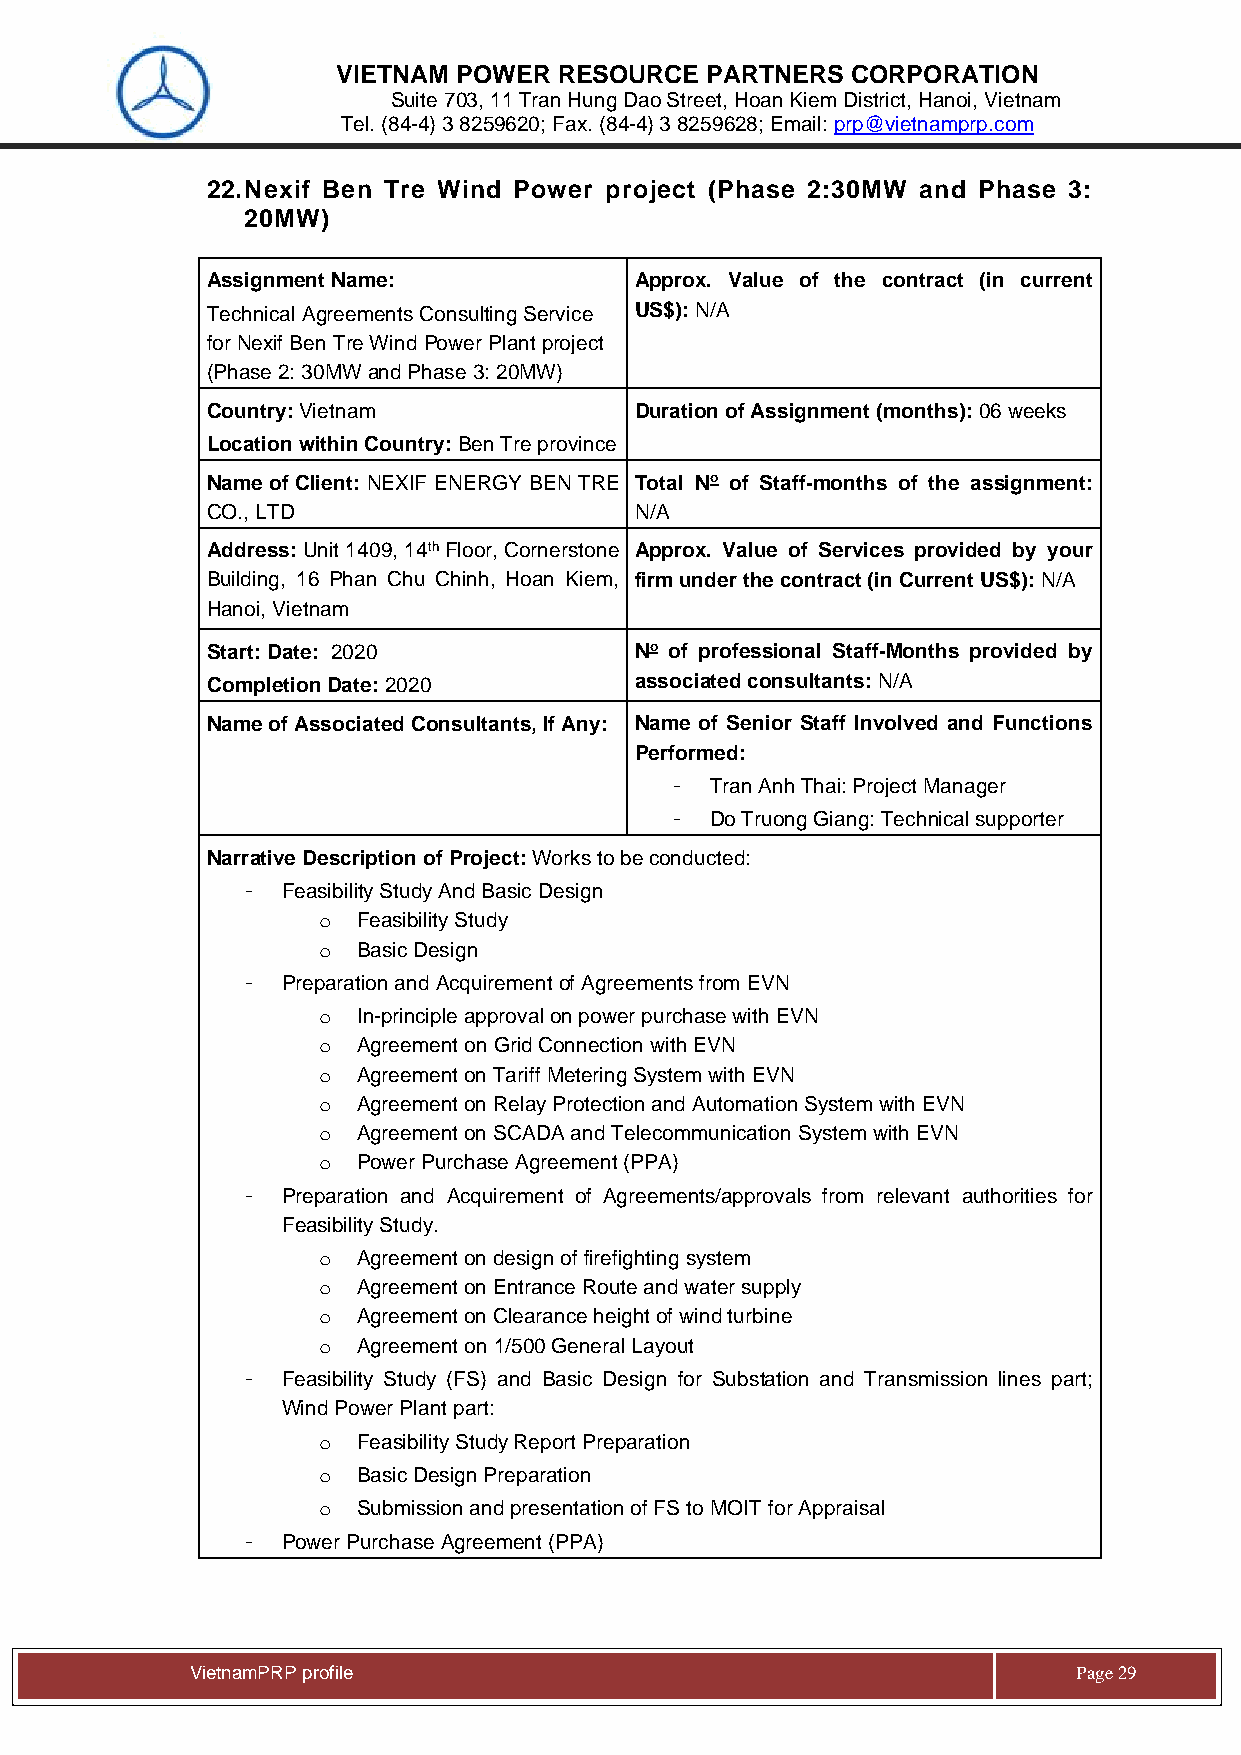
VIETNAM POWER  RESOURCE  PARTNERS CORPORATION
 Suite 703, 11 Tran Hung Dao Street, Hoan Kiem District, Hanoi, Vietnam
 Tel. (84-4) 3 8259620; Fax. (84-4) 3 8259628; Email: prp@vietnamprp.com
 22. Nexif Ben Tre Wind Power project (Phase 2:30MW and Phase 3:
 20MW)
 Assignment Name:            Approx. Value of the contract (in current
 Technical Agreements Consulting Service US$): N/A
 for Nexif Ben Tre Wind Power Plant project
 (Phase 2: 30MW and Phase 3: 20MW)
 Country: Vietnam            Duration of Assignment (months): 06 weeks
 Location within Country: Ben Tre province
 Name of Client: NEXIF ENERGY BEN TRE Total No of Staff-months of the assignment:
 CO., LTD                    N/A
 Address: Unit 1409, 14th Floor, Cornerstone Approx. Value of Services provided by your
 Building, 16 Phan Chu Chinh, Hoan Kiem, firm under the contract (in Current US$): N/A
 Hanoi, Vietnam
 Start: Date: 2020           No of professional Staff-Months provided by
 Completion Date: 2020       associated consultants: N/A
 Name of Associated Consultants, If Any: Name of Senior Staff Involved and Functions
 Performed:
 -  Tran Anh Thai: Project Manager
 -  Do Truong Giang: Technical supporter
 Narrative Description of Project: Works to be conducted:
 -  Feasibility Study And Basic Design
 o  Feasibility Study
 o  Basic Design
 -  Preparation and Acquirement of Agreements from EVN
 o  In-principle approval on power purchase with EVN
 o  Agreement on Grid Connection with EVN
 o  Agreement on Tariff Metering System with EVN
 o  Agreement on Relay Protection and Automation System with EVN
 o  Agreement on SCADA and Telecommunication System with EVN
 o  Power Purchase Agreement (PPA)
 -  Preparation and Acquirement of Agreements/approvals from relevant authorities for
 Feasibility Study.
 o  Agreement on design of firefighting system
 o  Agreement on Entrance Route and water supply
 o  Agreement on Clearance height of wind turbine
 o  Agreement on 1/500 General Layout
 -  Feasibility Study (FS) and Basic Design for Substation and Transmission lines part;
 Wind Power Plant part:
 o  Feasibility Study Report Preparation
 o  Basic Design Preparation
 o  Submission and presentation of FS to MOIT for Appraisal
 -  Power Purchase Agreement (PPA)
 Vie tnamPRP profile                                       Page 29